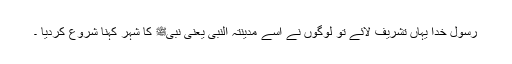
رسول خدا یہاں تشریف لائے تو لوگوں نے اسے مدینتہ النبی یعنی نبیﷺ کا شہر کہنا شروع کردیا ۔